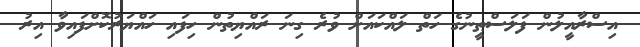
އިސްރާއީލުން ފަލަސްޠީނުގެ ހަތް ލައްކައަށް ވުރެ ގިނަ ރައްޔިތުން ހިފައި ހައްޔަރުކޮށްފައިވާ އިރު